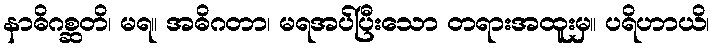
နာဓိဂစ္ဆတိ၊ မရ။ အဓိဂတာ၊ မရအပ်ပြီးသော တရားအထူးမှ။ ပရိဟာယိ၊